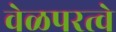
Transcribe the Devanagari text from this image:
वेळपरत्वे